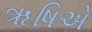
ૠષિએ